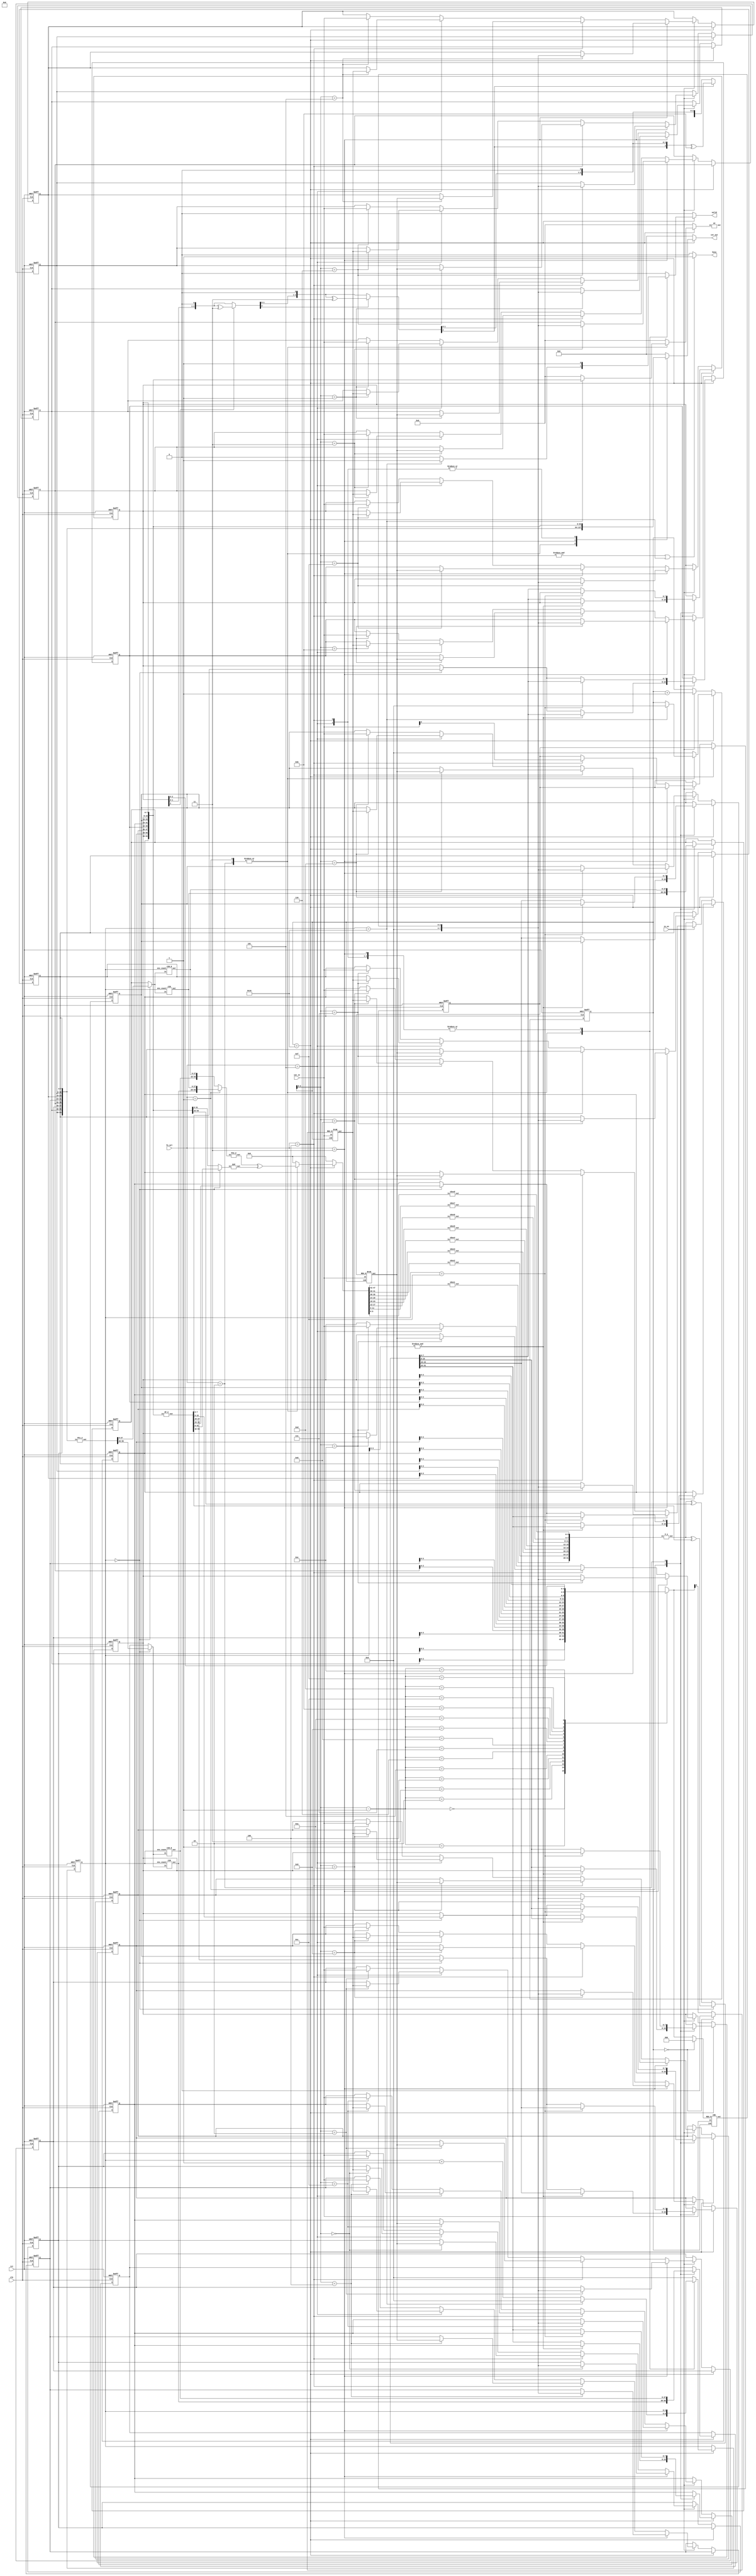
`timescale 1ns/10ps

module IOTDF( clk, rst, in_en, iot_in, fn_sel, busy, valid, iot_out);
input          clk;
input          rst;
input          in_en;
input  [7:0]   iot_in;
input  [2:0]   fn_sel;
output         busy;
output         valid;
output [127:0] iot_out;

reg valid_w;
//reg valid_r;
reg [127:0]iot_out_w;
//reg [127:0]iot_out_r;


reg [7:0]REG [0:15];
reg [4:0]ind;
reg [4:0]enc_count;
integer i ; 
wire [31:0]s_out;//reg
wire [31:0]f_out;

//assign busy=(in_en)?0:1;
//assign busy=(ind==5'b01111||(fn_sel==1||fn_sel==2)&|enc_count[3:0])?1:0;
assign busy=(&ind[3:0]||ind==5'b10000)?1:0;
assign iot_out=iot_out_w;
assign valid=valid_w;
wire [63:0]in_R;

wire [55:0]PC1_R;
//reg [55:0]PC1_res;
reg [55:0]subk;
reg [47:0]out_x;
reg [31:0]out_w;

wire [47:0]exp_r;

wire [47:0]k_1;

wire [27:0]CIR_R1;
wire [27:0]CIR_L1;
reg [27:0]CIR_IR_P;
reg [27:0]CIR_IL_P;

wire [63:0] per_in;
reg [63:0]in_FP;


wire [27:0]CIR_R_R1;
wire [27:0]CIR_R_L1;
//reg [27:0]CIR_R_IR_P;
//reg [27:0]CIR_R_IL_P;

wire [7:0]Btg_out;
reg in_bit0;

wire [63:0]FP_out;

wire [7:0]Gtb_out;
reg G_in_bit0;

wire [2:0]CRC_out;
reg [2:0]C_in_bit;
//vcs -f rtl_01.f -full64 -R +v2k -sverilog -v2005 -debug_access+all +define+p1+F | tee rtl_F1.log

reg [3:0]CRC_res_1;
reg [3:0]CRC_res_2;
reg [3:0]CRC_res_3;
always@(*)begin
    if(ind==5'b10000)begin
        case(fn_sel)
            3'b001:begin
                out_x=k_1^exp_r;
                CRC_res_3=0;
                if(enc_count==0)
                    out_w=f_out^per_in[63:32];
                else
                    out_w=f_out^{REG[8],REG[9],REG[10],REG[11]};
            end
            3'b010:begin
                out_x=k_1^exp_r;
                CRC_res_3=0;
                if(enc_count==0)
                    out_w=f_out^per_in[63:32];
                else
                    out_w=f_out^{REG[8],REG[9],REG[10],REG[11]};
            end
            3'b011:begin
                CRC_res_1=(REG[15][2]==1)?{REG[15][2:0],1'b0}^4'b1011:{REG[15][2:0],1'b0};
                CRC_res_2=(CRC_res_1[2]==1)?{CRC_res_1[2:0],1'b0}^4'b1011:{CRC_res_1[1:0],1'b0};//
                CRC_res_3=(CRC_res_2[2]==1)?{CRC_res_2[2:0],1'b0}^4'b1011:{CRC_res_2[1:0],1'b0};
                out_x=0;
                out_w=0;
            end
            default:begin
                out_x=0;
                out_w=0;
                CRC_res_3=0;
            end
        endcase
    end
    else begin
                out_x=0;
                out_w=0;
                CRC_res_3=0;
    end
end

always@(posedge clk or posedge rst)begin
    if(rst)begin
        ind<=5'b0;
        enc_count<=0;
        CIR_IR_P<=0;
        CIR_IL_P<=0;
        in_bit0<=0;
        for(i=0;i<16;i=i+1)begin
            REG[i]<=0;
        end
    end
    else if(ind==5'b10000)begin
        case(fn_sel)
            3'b001:begin
                CIR_IR_P<=CIR_R1;
                CIR_IL_P<=CIR_L1;
                enc_count<=enc_count+1;
                if(enc_count==16)begin
                    ind<=0;
                    enc_count<=0;
                end
                if(&enc_count[3:0])begin
                    {REG[8],REG[9],REG[10],REG[11]}<=out_w;
                end
                else begin
                    {REG[12],REG[13],REG[14],REG[15]}<=out_w;
                    if(enc_count==0)
                        {REG[8],REG[9],REG[10],REG[11]}<=per_in[31:0];
                    else 
                        {REG[8],REG[9],REG[10],REG[11]}<={REG[12],REG[13],REG[14],REG[15]};
                end
            end
            3'b010:begin
                CIR_IR_P<=CIR_R_R1;
                CIR_IL_P<=CIR_R_L1;
                enc_count<=enc_count+1;
                if(enc_count==16)begin
                    //in_FP<={REG[8],REG[9],REG[10],REG[11],REG[12],REG[13],REG[14],REG[15]};
                    //valid_w<=1;
                    ind<=0;
                    enc_count<=0;
                end
                if(enc_count==5'b01111)begin
                    {REG[8],REG[9],REG[10],REG[11]}<=out_w;
                end
                else begin
                    {REG[12],REG[13],REG[14],REG[15]}<=out_w;
                    if(enc_count==0)
                        {REG[8],REG[9],REG[10],REG[11]}<=per_in[31:0];
                    else 
                        {REG[8],REG[9],REG[10],REG[11]}<={REG[12],REG[13],REG[14],REG[15]};
                end
            end
            3'b011:begin
                //valid_w<=1;
                ind<=0;
            end
            3'b100:begin
                //valid_w<=1;
                ind<=0;
            end
            3'b101:begin
                //valid_w<=1;
                ind<=0;
            end
            default:begin
                //valid_w<=1;
                ind<=0;
                enc_count<=0;
            end
        endcase
    end
    else if(in_en)begin
        if (fn_sel==3)begin
            REG[ind[3:0]]<=CRC_out;
            ind<=ind+1;
        end
        else if(fn_sel==4)begin//case
            in_bit0<=iot_in[0];
            REG[ind[3:0]]<=Btg_out;
            ind<=ind+1;
        end
        else if(fn_sel==5)begin
            //in_bit0<=(ind==0)?in_bit0:REG[ind-1][7]
            REG[ind[3:0]]<=Gtb_out;
            ind<=ind+1;
        end
        else begin
            REG[ind[3:0]]<=iot_in;
            ind<=ind+1;
        end
    end
    else begin
        //valid_w<=0;
    end
end
always@(*)begin
    G_in_bit0=(ind==0)?0:REG[ind[3:0]-1][0];
    C_in_bit=(ind==0)?0:REG[ind[3:0]-1][2:0];
    in_FP=0;
    if(ind==5'b10000)begin
        case(fn_sel)
            3'b001:begin
                iot_out_w={REG[0],REG[1],REG[2],REG[3],REG[4],REG[5],REG[6],REG[7],FP_out};
                if(enc_count==16)begin
                    in_FP={REG[8],REG[9],REG[10],REG[11],REG[12],REG[13],REG[14],REG[15]};
                    valid_w=1;
                end
                else begin
                valid_w=0;
                in_FP=0;
                end
            end
            3'b010:begin
            iot_out_w={REG[0],REG[1],REG[2],REG[3],REG[4],REG[5],REG[6],REG[7],FP_out};
                if(enc_count==16)begin
                    in_FP={REG[8],REG[9],REG[10],REG[11],REG[12],REG[13],REG[14],REG[15]};
                    valid_w=1;
                end
                else begin
                valid_w=0;
                in_FP=0;
                end
            end
            3'b011:begin
                iot_out_w=CRC_res_3;
                valid_w=1;
            end
            3'b100:begin
                iot_out_w={REG[0],REG[1],REG[2],REG[3],REG[4],REG[5],REG[6],REG[7],REG[8],REG[9],REG[10],REG[11],REG[12],REG[13],REG[14],REG[15]};
                valid_w=1;
            end
            3'b101:begin 
                iot_out_w={REG[0],REG[1],REG[2],REG[3],REG[4],REG[5],REG[6],REG[7],REG[8],REG[9],REG[10],REG[11],REG[12],REG[13],REG[14],REG[15]};
                valid_w=1;
            end
            default:begin
                iot_out_w=0;
                valid_w=0;
            end
        endcase
    end
    else begin
        valid_w=0;
        iot_out_w=0;
        in_FP=0;
    end
end
//always@(posedge clk or posedge rst)begin
//    if(rst)begin
//        valid_r<=0;
//        iot_out_r<=0;
//    end
//    else begin
//        valid_r<=valid_w;
//        //iot_out_r<={REG[0],REG[1],REG[2],REG[3],REG[4],REG[5],REG[6],REG[7],iot_out_w};
//        iot_out_r<=iot_out_w;
//    end
//end
////key//////////////////
PC1_2 PC1_a(
    .in({REG[0],REG[1],REG[2],REG[3],REG[4],REG[5],REG[6],REG[7]}),
    .out(PC1_R)
);
wire [27:0]CIR_IR;
wire [27:0]CIR_IL;
assign CIR_IR=(enc_count==0)?PC1_R[27:0]:CIR_IR_P;
assign CIR_IL=(enc_count==0)?PC1_R[55:28]:CIR_IL_P;
///cirular shift////
CIR CIR_1(
    .enc_count(enc_count),
    .in(CIR_IR),
    .out(CIR_R1)
);
CIR CIR_2(
    .enc_count(enc_count),
    .in(CIR_IL),
    .out(CIR_L1)
);

//wire [27:0]CIR_R_IR;
//wire [27:0]CIR_R_IL;
//assign CIR_R_IR=(enc_count==0)?PC1_R[27:0]:CIR_R_IR_P;
//assign CIR_R_IL=(enc_count==0)?PC1_R[55:28]:CIR_R_IL_P;//
CIR_R CIR_RR1(
    .enc_count(enc_count),
    .in(CIR_IR),
    .out(CIR_R_R1)
);
CIR_R CIR_RR2(
    .enc_count(enc_count),
    .in(CIR_IL),
    .out(CIR_R_L1)
);
/////pc2////
wire [55:0]CIR_res_1;
assign CIR_res_1=(fn_sel==1)?{CIR_L1,CIR_R1}:{CIR_R_L1,CIR_R_R1};
PC2_2 PC2_1(
    .in(CIR_res_1),
    .out(k_1)
);



/// text////

IP_2 IP1(
    .in({REG[8],REG[9],REG[10],REG[11],REG[12],REG[13],REG[14],REG[15]}),
    .out(per_in)
);

wire [31:0]F_in;
assign F_in=(enc_count==0)?per_in[31:0]:{REG[12],REG[13],REG[14],REG[15]};

EXP exp(
    .in(F_in),//[31:0]
    .out(exp_r)  
);


sbox1 s1(
    .in(out_x[47:42]),
    .out(s_out[31:28])
);
sbox2 s2(
    .in(out_x[41:36]),
    .out(s_out[27:24])
);
sbox3 s3(
    .in(out_x[35:30]),
    .out(s_out[23:20])
);
sbox4 s4(
    .in(out_x[29:24]),
    .out(s_out[19:16])
);

sbox5 s5(
    .in(out_x[23:18]),
    .out(s_out[15:12])
);
sbox6 s6(
    .in(out_x[17:12]),
    .out(s_out[11:8])
);
sbox7 s7(
    .in(out_x[11:6]),
    .out(s_out[7:4])
);
sbox8 s8(
    .in(out_x[5:0]),
    .out(s_out[3:0])
);
//reg [63:0]iot_out_w1;
P_2 p(
    .in(s_out),
    .out(f_out)
);
FP FP1(
    .in(in_FP),
    .out(FP_out)
);
/// BtoG///
BtoG btg(
    .ind(ind),
    .REG_8(in_bit0),//
    .in(iot_in),
    .out(Btg_out)
);
GtoB gtb(
    .ind(ind),
    .REG_8(G_in_bit0),
    .in(iot_in),
    .out(Gtb_out)//
);

CRC crc(
    .ind(ind),
    .REG_8(C_in_bit),
    .in(iot_in),
    .out(CRC_out)
);
endmodule




module PC1_2(input [63:0] in, output [55:0] out);
  assign out[0] = in[60];
  assign out[1] = in[52];
  assign out[2] = in[44];
  assign out[3] = in[36];
  assign out[4] = in[59];
  assign out[5] = in[51];
  assign out[6] = in[43];
  assign out[7] = in[35];
  assign out[8] = in[27];
  assign out[9] = in[19];
  assign out[10] = in[11];
  assign out[11] = in[3];
  assign out[12] = in[58];
  assign out[13] = in[50];
  assign out[14] = in[42];
  assign out[15] = in[34];
  assign out[16] = in[26];
  assign out[17] = in[18];
  assign out[18] = in[10];
  assign out[19] = in[2];
  assign out[20] = in[57];
  assign out[21] = in[49];
  assign out[22] = in[41];
  assign out[23] = in[33];
  assign out[24] = in[25];
  assign out[25] = in[17];
  assign out[26] = in[9];
  assign out[27] = in[1];
  assign out[28] = in[28];
  assign out[29] = in[20];
  assign out[30] = in[12];
  assign out[31] = in[4];
  assign out[32] = in[61];
  assign out[33] = in[53];
  assign out[34] = in[45];
  assign out[35] = in[37];
  assign out[36] = in[29];
  assign out[37] = in[21];
  assign out[38] = in[13];
  assign out[39] = in[5];
  assign out[40] = in[62];
  assign out[41] = in[54];
  assign out[42] = in[46];
  assign out[43] = in[38];
  assign out[44] = in[30];
  assign out[45] = in[22];
  assign out[46] = in[14];
  assign out[47] = in[6];
  assign out[48] = in[63];
  assign out[49] = in[55];
  assign out[50] = in[47];
  assign out[51] = in[39];
  assign out[52] = in[31];
  assign out[53] = in[23];
  assign out[54] = in[15];
  assign out[55] = in[7];
endmodule

module PC2_2(input [55:0] in, output [47:0] out);
  assign out[0] = in[24];
  assign out[1] = in[27];
  assign out[2] = in[20];
  assign out[3] = in[6];
  assign out[4] = in[14];
  assign out[5] = in[10];
  assign out[6] = in[3];
  assign out[7] = in[22];
  assign out[8] = in[0];
  assign out[9] = in[17];
  assign out[10] = in[7];
  assign out[11] = in[12];
  assign out[12] = in[8];
  assign out[13] = in[23];
  assign out[14] = in[11];
  assign out[15] = in[5];
  assign out[16] = in[16];
  assign out[17] = in[26];
  assign out[18] = in[1];
  assign out[19] = in[9];
  assign out[20] = in[19];
  assign out[21] = in[25];
  assign out[22] = in[4];
  assign out[23] = in[15];
  assign out[24] = in[54];
  assign out[25] = in[43];
  assign out[26] = in[36];
  assign out[27] = in[29];
  assign out[28] = in[49];
  assign out[29] = in[40];
  assign out[30] = in[48];
  assign out[31] = in[30];
  assign out[32] = in[52];
  assign out[33] = in[44];
  assign out[34] = in[37];
  assign out[35] = in[33];
  assign out[36] = in[46];
  assign out[37] = in[35];
  assign out[38] = in[50];
  assign out[39] = in[41];
  assign out[40] = in[28];
  assign out[41] = in[53];
  assign out[42] = in[51];
  assign out[43] = in[55];
  assign out[44] = in[32];
  assign out[45] = in[45];
  assign out[46] = in[39];
  assign out[47] = in[42];
endmodule

module EXP(input [31:0] in, output [47:0] out);
  assign out[0] = in[31];
  assign out[1] = in[0];
  assign out[2] = in[1];
  assign out[3] = in[2];
  assign out[4] = in[3];
  assign out[5] = in[4];
  assign out[6] = in[3];
  assign out[7] = in[4];
  assign out[8] = in[5];
  assign out[9] = in[6];
  assign out[10] = in[7];
  assign out[11] = in[8];
  assign out[12] = in[7];
  assign out[13] = in[8];
  assign out[14] = in[9];
  assign out[15] = in[10];
  assign out[16] = in[11];
  assign out[17] = in[12];
  assign out[18] = in[11];
  assign out[19] = in[12];
  assign out[20] = in[13];
  assign out[21] = in[14];
  assign out[22] = in[15];
  assign out[23] = in[16];
  assign out[24] = in[15];
  assign out[25] = in[16];
  assign out[26] = in[17];
  assign out[27] = in[18];
  assign out[28] = in[19];
  assign out[29] = in[20];
  assign out[30] = in[19];
  assign out[31] = in[20];
  assign out[32] = in[21];
  assign out[33] = in[22];
  assign out[34] = in[23];
  assign out[35] = in[24];
  assign out[36] = in[23];
  assign out[37] = in[24];
  assign out[38] = in[25];
  assign out[39] = in[26];
  assign out[40] = in[27];
  assign out[41] = in[28];
  assign out[42] = in[27];
  assign out[43] = in[28];
  assign out[44] = in[29];
  assign out[45] = in[30];
  assign out[46] = in[31];
  assign out[47] = in[0];
endmodule

module sbox1(input [5:0] in, output reg[3:0] out);
    always@(*) begin
        case (in)
        6'd0 : out = 14;
        6'd1 : out = 0;
        6'd2 : out = 4;
        6'd3 : out = 15;
        6'd4 : out = 13;
        6'd5 : out = 7;
        6'd6 : out = 1;
        6'd7 : out = 4;
        6'd8 : out = 2;
        6'd9 : out = 14;
        6'd10 : out = 15;
        6'd11 : out = 2;
        6'd12 : out = 11;
        6'd13 : out = 13;
        6'd14 : out = 8;
        6'd15 : out = 1;
        6'd16 : out = 3;
        6'd17 : out = 10;
        6'd18 : out = 10;
        6'd19 : out = 6;
        6'd20 : out = 6;
        6'd21 : out = 12;
        6'd22 : out = 12;
        6'd23 : out = 11;
        6'd24 : out = 5;
        6'd25 : out = 9;
        6'd26 : out = 9;
        6'd27 : out = 5;
        6'd28 : out = 0;
        6'd29 : out = 3;
        6'd30 : out = 7;
        6'd31 : out = 8;
        6'd32 : out = 4;
        6'd33 : out = 15;
        6'd34 : out = 1;
        6'd35 : out = 12;
        6'd36 : out = 14;
        6'd37 : out = 8;
        6'd38 : out = 8;
        6'd39 : out = 2;
        6'd40 : out = 13;
        6'd41 : out = 4;
        6'd42 : out = 6;
        6'd43 : out = 9;
        6'd44 : out = 2;
        6'd45 : out = 1;
        6'd46 : out = 11;
        6'd47 : out = 7;
        6'd48 : out = 15;
        6'd49 : out = 5;
        6'd50 : out = 12;
        6'd51 : out = 11;
        6'd52 : out = 9;
        6'd53 : out = 3;
        6'd54 : out = 7;
        6'd55 : out = 14;
        6'd56 : out = 3;
        6'd57 : out = 10;
        6'd58 : out = 10;
        6'd59 : out = 0;
        6'd60 : out = 5;
        6'd61 : out = 6;
        6'd62 : out = 0;
        6'd63 : out = 13;
        endcase
    end
endmodule

module sbox2(input [5:0] in, output reg[3:0] out);
    always @(*) begin
        case (in)
        6'd0 : out = 15;
        6'd1 : out = 3;
        6'd2 : out = 1;
        6'd3 : out = 13;
        6'd4 : out = 8;
        6'd5 : out = 4;
        6'd6 : out = 14;
        6'd7 : out = 7;
        6'd8 : out = 6;
        6'd9 : out = 15;
        6'd10 : out = 11;
        6'd11 : out = 2;
        6'd12 : out = 3;
        6'd13 : out = 8;
        6'd14 : out = 4;
        6'd15 : out = 14;
        6'd16 : out = 9;
        6'd17 : out = 12;
        6'd18 : out = 7;
        6'd19 : out = 0;
        6'd20 : out = 2;
        6'd21 : out = 1;
        6'd22 : out = 13;
        6'd23 : out = 10;
        6'd24 : out = 12;
        6'd25 : out = 6;
        6'd26 : out = 0;
        6'd27 : out = 9;
        6'd28 : out = 5;
        6'd29 : out = 11;
        6'd30 : out = 10;
        6'd31 : out = 5;
        6'd32 : out = 0;
        6'd33 : out = 13;
        6'd34 : out = 14;
        6'd35 : out = 8;
        6'd36 : out = 7;
        6'd37 : out = 10;
        6'd38 : out = 11;
        6'd39 : out = 1;
        6'd40 : out = 10;
        6'd41 : out = 3;
        6'd42 : out = 4;
        6'd43 : out = 15;
        6'd44 : out = 13;
        6'd45 : out = 4;
        6'd46 : out = 1;
        6'd47 : out = 2;
        6'd48 : out = 5;
        6'd49 : out = 11;
        6'd50 : out = 8;
        6'd51 : out = 6;
        6'd52 : out = 12;
        6'd53 : out = 7;
        6'd54 : out = 6;
        6'd55 : out = 12;
        6'd56 : out = 9;
        6'd57 : out = 0;
        6'd58 : out = 3;
        6'd59 : out = 5;
        6'd60 : out = 2;
        6'd61 : out = 14;
        6'd62 : out = 15;
        6'd63 : out = 9;
        endcase
    end
endmodule

module sbox3(input [5:0] in, output reg[3:0] out);
    always @(*) begin
        case (in)
        6'd0 : out = 10;
        6'd1 : out = 13;
        6'd2 : out = 0;
        6'd3 : out = 7;
        6'd4 : out = 9;
        6'd5 : out = 0;
        6'd6 : out = 14;
        6'd7 : out = 9;
        6'd8 : out = 6;
        6'd9 : out = 3;
        6'd10 : out = 3;
        6'd11 : out = 4;
        6'd12 : out = 15;
        6'd13 : out = 6;
        6'd14 : out = 5;
        6'd15 : out = 10;
        6'd16 : out = 1;
        6'd17 : out = 2;
        6'd18 : out = 13;
        6'd19 : out = 8;
        6'd20 : out = 12;
        6'd21 : out = 5;
        6'd22 : out = 7;
        6'd23 : out = 14;
        6'd24 : out = 11;
        6'd25 : out = 12;
        6'd26 : out = 4;
        6'd27 : out = 11;
        6'd28 : out = 2;
        6'd29 : out = 15;
        6'd30 : out = 8;
        6'd31 : out = 1;
        6'd32 : out = 13;
        6'd33 : out = 1;
        6'd34 : out = 6;
        6'd35 : out = 10;
        6'd36 : out = 4;
        6'd37 : out = 13;
        6'd38 : out = 9;
        6'd39 : out = 0;
        6'd40 : out = 8;
        6'd41 : out = 6;
        6'd42 : out = 15;
        6'd43 : out = 9;
        6'd44 : out = 3;
        6'd45 : out = 8;
        6'd46 : out = 0;
        6'd47 : out = 7;
        6'd48 : out = 11;
        6'd49 : out = 4;
        6'd50 : out = 1;
        6'd51 : out = 15;
        6'd52 : out = 2;
        6'd53 : out = 14;
        6'd54 : out = 12;
        6'd55 : out = 3;
        6'd56 : out = 5;
        6'd57 : out = 11;
        6'd58 : out = 10;
        6'd59 : out = 5;
        6'd60 : out = 14;
        6'd61 : out = 2;
        6'd62 : out = 7;
        6'd63 : out = 12;
        endcase
    end
endmodule

module sbox4(input [5:0] in, output reg[3:0] out);
    always @(*)begin
        case (in)
        6'd0 : out = 7;
        6'd1 : out = 13;
        6'd2 : out = 13;
        6'd3 : out = 8;
        6'd4 : out = 14;
        6'd5 : out = 11;
        6'd6 : out = 3;
        6'd7 : out = 5;
        6'd8 : out = 0;
        6'd9 : out = 6;
        6'd10 : out = 6;
        6'd11 : out = 15;
        6'd12 : out = 9;
        6'd13 : out = 0;
        6'd14 : out = 10;
        6'd15 : out = 3;
        6'd16 : out = 1;
        6'd17 : out = 4;
        6'd18 : out = 2;
        6'd19 : out = 7;
        6'd20 : out = 8;
        6'd21 : out = 2;
        6'd22 : out = 5;
        6'd23 : out = 12;
        6'd24 : out = 11;
        6'd25 : out = 1;
        6'd26 : out = 12;
        6'd27 : out = 10;
        6'd28 : out = 4;
        6'd29 : out = 14;
        6'd30 : out = 15;
        6'd31 : out = 9;
        6'd32 : out = 10;
        6'd33 : out = 3;
        6'd34 : out = 6;
        6'd35 : out = 15;
        6'd36 : out = 9;
        6'd37 : out = 0;
        6'd38 : out = 0;
        6'd39 : out = 6;
        6'd40 : out = 12;
        6'd41 : out = 10;
        6'd42 : out = 11;
        6'd43 : out = 1;
        6'd44 : out = 7;
        6'd45 : out = 13;
        6'd46 : out = 13;
        6'd47 : out = 8;
        6'd48 : out = 15;
        6'd49 : out = 9;
        6'd50 : out = 1;
        6'd51 : out = 4;
        6'd52 : out = 3;
        6'd53 : out = 5;
        6'd54 : out = 14;
        6'd55 : out = 11;
        6'd56 : out = 5;
        6'd57 : out = 12;
        6'd58 : out = 2;
        6'd59 : out = 7;
        6'd60 : out = 8;
        6'd61 : out = 2;
        6'd62 : out = 4;
        6'd63 : out = 14;
        endcase
    end
endmodule

module sbox5(input [5:0] in, output reg[3:0] out);
    always @(*)begin
        case (in)
        6'd0 : out = 2;
        6'd1 : out = 14;
        6'd2 : out = 12;
        6'd3 : out = 11;
        6'd4 : out = 4;
        6'd5 : out = 2;
        6'd6 : out = 1;
        6'd7 : out = 12;
        6'd8 : out = 7;
        6'd9 : out = 4;
        6'd10 : out = 10;
        6'd11 : out = 7;
        6'd12 : out = 11;
        6'd13 : out = 13;
        6'd14 : out = 6;
        6'd15 : out = 1;
        6'd16 : out = 8;
        6'd17 : out = 5;
        6'd18 : out = 5;
        6'd19 : out = 0;
        6'd20 : out = 3;
        6'd21 : out = 15;
        6'd22 : out = 15;
        6'd23 : out = 10;
        6'd24 : out = 13;
        6'd25 : out = 3;
        6'd26 : out = 0;
        6'd27 : out = 9;
        6'd28 : out = 14;
        6'd29 : out = 8;
        6'd30 : out = 9;
        6'd31 : out = 6;
        6'd32 : out = 4;
        6'd33 : out = 11;
        6'd34 : out = 2;
        6'd35 : out = 8;
        6'd36 : out = 1;
        6'd37 : out = 12;
        6'd38 : out = 11;
        6'd39 : out = 7;
        6'd40 : out = 10;
        6'd41 : out = 1;
        6'd42 : out = 13;
        6'd43 : out = 14;
        6'd44 : out = 7;
        6'd45 : out = 2;
        6'd46 : out = 8;
        6'd47 : out = 13;
        6'd48 : out = 15;
        6'd49 : out = 6;
        6'd50 : out = 9;
        6'd51 : out = 15;
        6'd52 : out = 12;
        6'd53 : out = 0;
        6'd54 : out = 5;
        6'd55 : out = 9;
        6'd56 : out = 6;
        6'd57 : out = 10;
        6'd58 : out = 3;
        6'd59 : out = 4;
        6'd60 : out = 0;
        6'd61 : out = 5;
        6'd62 : out = 14;
        6'd63 : out = 3;
        endcase
    end
endmodule

module sbox6(input [5:0] in, output reg[3:0] out);
    always @(*)begin
        case (in)
            6'd0 : out = 12;
            6'd1 : out = 10;
            6'd2 : out = 1;
            6'd3 : out = 15;
            6'd4 : out = 10;
            6'd5 : out = 4;
            6'd6 : out = 15;
            6'd7 : out = 2;
            6'd8 : out = 9;
            6'd9 : out = 7;
            6'd10 : out = 2;
            6'd11 : out = 12;
            6'd12 : out = 6;
            6'd13 : out = 9;
            6'd14 : out = 8;
            6'd15 : out = 5;
            6'd16 : out = 0;
            6'd17 : out = 6;
            6'd18 : out = 13;
            6'd19 : out = 1;
            6'd20 : out = 3;
            6'd21 : out = 13;
            6'd22 : out = 4;
            6'd23 : out = 14;
            6'd24 : out = 14;
            6'd25 : out = 0;
            6'd26 : out = 7;
            6'd27 : out = 11;
            6'd28 : out = 5;
            6'd29 : out = 3;
            6'd30 : out = 11;
            6'd31 : out = 8;
            6'd32 : out = 9;
            6'd33 : out = 4;
            6'd34 : out = 14;
            6'd35 : out = 3;
            6'd36 : out = 15;
            6'd37 : out = 2;
            6'd38 : out = 5;
            6'd39 : out = 12;
            6'd40 : out = 2;
            6'd41 : out = 9;
            6'd42 : out = 8;
            6'd43 : out = 5;
            6'd44 : out = 12;
            6'd45 : out = 15;
            6'd46 : out = 3;
            6'd47 : out = 10;
            6'd48 : out = 7;
            6'd49 : out = 11;
            6'd50 : out = 0;
            6'd51 : out = 14;
            6'd52 : out = 4;
            6'd53 : out = 1;
            6'd54 : out = 10;
            6'd55 : out = 7;
            6'd56 : out = 1;
            6'd57 : out = 6;
            6'd58 : out = 13;
            6'd59 : out = 0;
            6'd60 : out = 11;
            6'd61 : out = 8;
            6'd62 : out = 6;
            6'd63 : out = 13;
        endcase
    end
endmodule
module sbox7(input [5:0] in, output reg[3:0] out);
    always @(*)begin
        case (in)
        6'd0 : out = 4;
        6'd1 : out = 13;
        6'd2 : out = 11;
        6'd3 : out = 0;
        6'd4 : out = 2;
        6'd5 : out = 11;
        6'd6 : out = 14;
        6'd7 : out = 7;
        6'd8 : out = 15;
        6'd9 : out = 4;
        6'd10 : out = 0;
        6'd11 : out = 9;
        6'd12 : out = 8;
        6'd13 : out = 1;
        6'd14 : out = 13;
        6'd15 : out = 10;
        6'd16 : out = 3;
        6'd17 : out = 14;
        6'd18 : out = 12;
        6'd19 : out = 3;
        6'd20 : out = 9;
        6'd21 : out = 5;
        6'd22 : out = 7;
        6'd23 : out = 12;
        6'd24 : out = 5;
        6'd25 : out = 2;
        6'd26 : out = 10;
        6'd27 : out = 15;
        6'd28 : out = 6;
        6'd29 : out = 8;
        6'd30 : out = 1;
        6'd31 : out = 6;
        6'd32 : out = 1;
        6'd33 : out = 6;
        6'd34 : out = 4;
        6'd35 : out = 11;
        6'd36 : out = 11;
        6'd37 : out = 13;
        6'd38 : out = 13;
        6'd39 : out = 8;
        6'd40 : out = 12;
        6'd41 : out = 1;
        6'd42 : out = 3;
        6'd43 : out = 4;
        6'd44 : out = 7;
        6'd45 : out = 10;
        6'd46 : out = 14;
        6'd47 : out = 7;
        6'd48 : out = 10;
        6'd49 : out = 9;
        6'd50 : out = 15;
        6'd51 : out = 5;
        6'd52 : out = 6;
        6'd53 : out = 0;
        6'd54 : out = 8;
        6'd55 : out = 15;
        6'd56 : out = 0;
        6'd57 : out = 14;
        6'd58 : out = 5;
        6'd59 : out = 2;
        6'd60 : out = 9;
        6'd61 : out = 3;
        6'd62 : out = 2;
        6'd63 : out = 12;
        endcase
    end
endmodule

module sbox8(input [5:0] in, output reg[3:0] out);
    always @(*)begin
        case (in)
        6'd0 : out = 13;
        6'd1 : out = 1;
        6'd2 : out = 2;
        6'd3 : out = 15;
        6'd4 : out = 8;
        6'd5 : out = 13;
        6'd6 : out = 4;
        6'd7 : out = 8;
        6'd8 : out = 6;
        6'd9 : out = 10;
        6'd10 : out = 15;
        6'd11 : out = 3;
        6'd12 : out = 11;
        6'd13 : out = 7;
        6'd14 : out = 1;
        6'd15 : out = 4;
        6'd16 : out = 10;
        6'd17 : out = 12;
        6'd18 : out = 9;
        6'd19 : out = 5;
        6'd20 : out = 3;
        6'd21 : out = 6;
        6'd22 : out = 14;
        6'd23 : out = 11;
        6'd24 : out = 5;
        6'd25 : out = 0;
        6'd26 : out = 0;
        6'd27 : out = 14;
        6'd28 : out = 12;
        6'd29 : out = 9;
        6'd30 : out = 7;
        6'd31 : out = 2;
        6'd32 : out = 7;
        6'd33 : out = 2;
        6'd34 : out = 11;
        6'd35 : out = 1;
        6'd36 : out = 4;
        6'd37 : out = 14;
        6'd38 : out = 1;
        6'd39 : out = 7;
        6'd40 : out = 9;
        6'd41 : out = 4;
        6'd42 : out = 12;
        6'd43 : out = 10;
        6'd44 : out = 14;
        6'd45 : out = 8;
        6'd46 : out = 2;
        6'd47 : out = 13;
        6'd48 : out = 0;
        6'd49 : out = 15;
        6'd50 : out = 6;
        6'd51 : out = 12;
        6'd52 : out = 10;
        6'd53 : out = 9;
        6'd54 : out = 13;
        6'd55 : out = 0;
        6'd56 : out = 15;
        6'd57 : out = 3;
        6'd58 : out = 3;
        6'd59 : out = 5;
        6'd60 : out = 5;
        6'd61 : out = 6;
        6'd62 : out = 8;
        6'd63 : out = 11;
        endcase
    end
endmodule

module P_2(input  [31:0]in,output [31:0]out);//inreg
  assign out[0] = in[7];
  assign out[1] = in[28];
  assign out[2] = in[21];
  assign out[3] = in[10];
  assign out[4] = in[26];
  assign out[5] = in[2];
  assign out[6] = in[19];
  assign out[7] = in[13];
  assign out[8] = in[23];
  assign out[9] = in[29];
  assign out[10] = in[5];
  assign out[11] = in[0];
  assign out[12] = in[18];
  assign out[13] = in[8];
  assign out[14] = in[24];
  assign out[15] = in[30];
  assign out[16] = in[22];
  assign out[17] = in[1];
  assign out[18] = in[14];
  assign out[19] = in[27];
  assign out[20] = in[6];
  assign out[21] = in[9];
  assign out[22] = in[17];
  assign out[23] = in[31];
  assign out[24] = in[15];
  assign out[25] = in[4];
  assign out[26] = in[20];
  assign out[27] = in[3];
  assign out[28] = in[11];
  assign out[29] = in[12];
  assign out[30] = in[25];
  assign out[31] = in[16];
endmodule

module IP_2(input [63:0]in,output [63:0] out);
    assign out[0] = in[57];
    assign out[1] = in[49];
    assign out[2] = in[41];
    assign out[3] = in[33];
    assign out[4] = in[25];
    assign out[5] = in[17];
    assign out[6] = in[9];
    assign out[7] = in[1];
    assign out[8] = in[59];
    assign out[9] = in[51];
    assign out[10] = in[43];
    assign out[11] = in[35];
    assign out[12] = in[27];
    assign out[13] = in[19];
    assign out[14] = in[11];
    assign out[15] = in[3];
    assign out[16] = in[61];
    assign out[17] = in[53];
    assign out[18] = in[45];
    assign out[19] = in[37];
    assign out[20] = in[29];
    assign out[21] = in[21];
    assign out[22] = in[13];
    assign out[23] = in[5];
    assign out[24] = in[63];
    assign out[25] = in[55];
    assign out[26] = in[47];
    assign out[27] = in[39];
    assign out[28] = in[31];
    assign out[29] = in[23];
    assign out[30] = in[15];
    assign out[31] = in[7];
    assign out[32] = in[56];
    assign out[33] = in[48];
    assign out[34] = in[40];
    assign out[35] = in[32];
    assign out[36] = in[24];
    assign out[37] = in[16];
    assign out[38] = in[8];
    assign out[39] = in[0];
    assign out[40] = in[58];
    assign out[41] = in[50];
    assign out[42] = in[42];
    assign out[43] = in[34];
    assign out[44] = in[26];
    assign out[45] = in[18];
    assign out[46] = in[10];
    assign out[47] = in[2];
    assign out[48] = in[60];
    assign out[49] = in[52];
    assign out[50] = in[44];
    assign out[51] = in[36];
    assign out[52] = in[28];
    assign out[53] = in[20];
    assign out[54] = in[12];
    assign out[55] = in[4];   
    assign out[56] = in[62];
    assign out[57] = in[54];
    assign out[58] = in[46];
    assign out[59] = in[38];
    assign out[60] = in[30];
    assign out[61] = in[22];
    assign out[62] = in[14];
    assign out[63] = in[6];   
endmodule

module FP(input  [63:0]in,output  [63:0] out);//in reg
    assign out[0] = in[39];
    assign out[1] = in[7];
    assign out[2] = in[47];
    assign out[3] = in[15];
    assign out[4] = in[55];
    assign out[5] = in[23];
    assign out[6] = in[63];
    assign out[7] = in[31];
    assign out[8] = in[38];
    assign out[9] = in[6];
    assign out[10] = in[46];
    assign out[11] = in[14];
    assign out[12] = in[54];
    assign out[13] = in[22];
    assign out[14] = in[62];
    assign out[15] = in[30];
    assign out[16] = in[37];
    assign out[17] = in[5];
    assign out[18] = in[45];
    assign out[19] = in[13];
    assign out[20] = in[53];
    assign out[21] = in[21];
    assign out[22] = in[61];
    assign out[23] = in[29];
    assign out[24] = in[36];
    assign out[25] = in[4];
    assign out[26] = in[44];
    assign out[27] = in[12];
    assign out[28] = in[52];
    assign out[29] = in[20];
    assign out[30] = in[60];
    assign out[31] = in[28];
    assign out[32] = in[35];
    assign out[33] = in[3];
    assign out[34] = in[43];
    assign out[35] = in[11];
    assign out[36] = in[51];
    assign out[37] = in[19];
    assign out[38] = in[59];
    assign out[39] = in[27];
    assign out[40] = in[34];
    assign out[41] = in[2];
    assign out[42] = in[42];
    assign out[43] = in[10];
    assign out[44] = in[50];
    assign out[45] = in[18];
    assign out[46] = in[58];
    assign out[47] = in[26];
    assign out[48] = in[33];
    assign out[49] = in[1];
    assign out[50] = in[41];
    assign out[51] = in[9];
    assign out[52] = in[49];
    assign out[53] = in[17];
    assign out[54] = in[57];
    assign out[55] = in[25];   
    assign out[56] = in[32];
    assign out[57] = in[0];
    assign out[58] = in[40];
    assign out[59] = in[8];
    assign out[60] = in[48];
    assign out[61] = in[16];
    assign out[62] = in[56];
    assign out[63] = in[24];   
endmodule

module CIR(input [4:0]enc_count,input [27:0] in, output [27:0] out);
    assign out = (enc_count == 0 || enc_count == 1 || enc_count == 8 || enc_count == 15) ?{in[26:0], in[27]} : {in[25:0], in[27:26]};
endmodule

module CIR_R(input [4:0]enc_count,input [27:0] in, output [27:0] out);
    assign out = (enc_count == 0)?in:(enc_count == 1 || enc_count == 8 || enc_count == 15|| enc_count == 16)?{in[0], in[27:1]} : {in[1:0], in[27:2]};
endmodule

module BtoG(input [4:0]ind,input REG_8,input [7:0]in,output[7:0]out);
    assign out[7]=(ind==0)?in[7]:REG_8^in[7];
    assign out[6]=in[7]^in[6];
    assign out[5]=in[6]^in[5];
    assign out[4]=in[5]^in[4];
    assign out[3]=in[4]^in[3];
    assign out[2]=in[3]^in[2];
    assign out[1]=in[2]^in[1];
    assign out[0]=in[1]^in[0];
endmodule

module GtoB(input [4:0]ind,input REG_8,input [7:0]in,output[7:0]out);
    assign out[7]=(ind==0)?in[7]:REG_8^in[7];
    assign out[6]=REG_8^in[7]^in[6];
    assign out[5]=REG_8^in[7]^in[6]^in[5];
    assign out[4]=REG_8^in[7]^in[6]^in[5]^in[4];
    assign out[3]=REG_8^in[7]^in[6]^in[5]^in[4]^in[3];
    assign out[2]=REG_8^in[7]^in[6]^in[5]^in[4]^in[3]^in[2];
    assign out[1]=REG_8^in[7]^in[6]^in[5]^in[4]^in[3]^in[2]^in[1];
    assign out[0]=REG_8^in[7]^in[6]^in[5]^in[4]^in[3]^in[2]^in[1]^in[0];
endmodule

module CRC(input [4:0]ind,input [2:0]REG_8,input [7:0]in,output[2:0]out);
    wire [3:0]res1;
    wire [3:0]res2;
    wire [3:0]res3;
    wire [3:0]res4;
    wire [3:0]res5;
    wire [3:0]res6;
    wire [3:0]res7;
    wire [3:0]res8;
    assign res1=(ind==0)?0:(REG_8[2]==1)?{REG_8,in[7]}^4'b1011:{REG_8[2:0],in[7]};
    assign res2=(ind==0)?0:(res1[2]==1)?{res1[2:0],in[6]}^4'b1011:{res1[2:0],in[6]};
    assign res3=(ind==0)?in[7:5]:(res2[2]==1)?{res2[2:0],in[5]}^4'b1011:{res2[2:0],in[5]};
    assign res4=(res3[2]==1)?{res3[2:0],in[4]}^4'b1011:{res3[2:0],in[4]};
    assign res5=(res4[2]==1)?{res4[2:0],in[3]}^4'b1011:{res4[2:0],in[3]};
    assign res6=(res5[2]==1)?{res5[2:0],in[2]}^4'b1011:{res5[2:0],in[2]};
    assign res7=(res6[2]==1)?{res6[2:0],in[1]}^4'b1011:{res6[2:0],in[1]};
    assign res8=(res7[2]==1)?{res7[2:0],in[0]}^4'b1011:{res7[2:0],in[0]};//out
    assign out=res8[2:0];
endmodule

//vcs -f rtl_01.f -full64 -R +v2k -sverilog -v2005 -debug_access+all +define+p1+F5 | tee rtl_F1.log